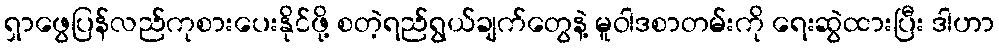
ရှာဖွေပြန်လည်ကုစားပေးနိုင်ဖို့ စတဲ့ရည်ရွယ်ချက်တွေနဲ့ မူဝါဒစာတမ်းကို ရေးဆွဲထားပြီး ဒါဟာ